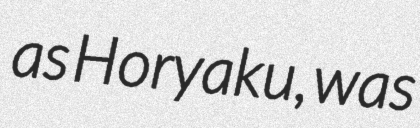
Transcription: as Horyaku, was